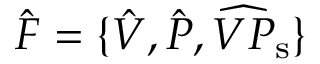
\hat { F } = \{ \hat { V } , \hat { P } , \widehat { V P } _ { \mathrm { s } } \}